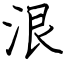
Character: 泿